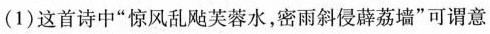
(1)这首诗中”惊风乱飚芙蓉水，密雨斜侵薜荔墙”可谓意